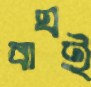
বাঘই